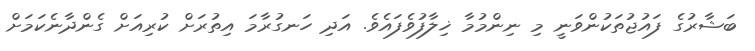
ބަޝާރުގެ ފައުޖުތަކުންވަނީ މި ނިންމުމާ ޚިލާފުވެފައެވެ. އަދި ހަނގުރާމަ އިތުރަށް ކުރިއަށް ގެންދާނެކަމަށް